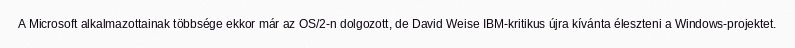
A Microsoft alkalmazottainak többsége ekkor már az OS/2-n dolgozott, de David Weise IBM-kritikus újra kívánta éleszteni a Windows-projektet.